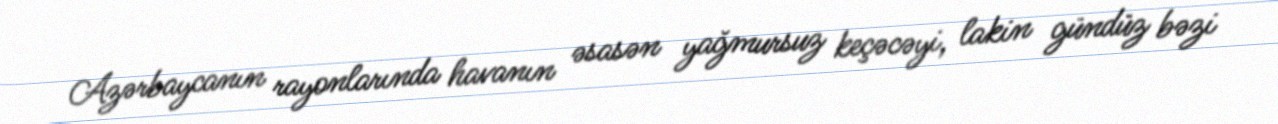
Azərbaycanın rayonlarında havanın əsasən yağmursuz keçəcəyi, lakin gündüz bəzi